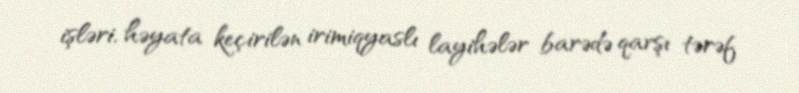
işləri, həyata keçirilən irimiqyaslı layihələr barədə qarşı tərəf